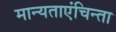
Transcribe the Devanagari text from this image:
मान्यताएंचिन्ता